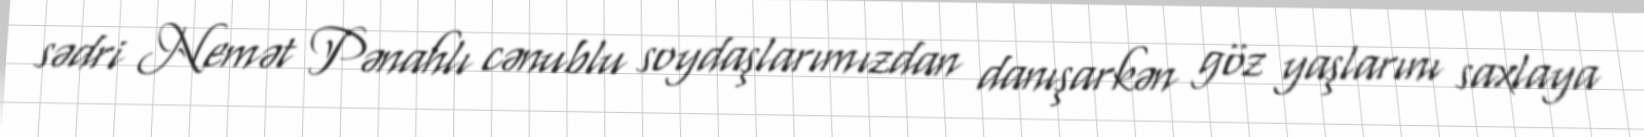
sədri Nemət Pənahlı cənublu soydaşlarımızdan danışarkən göz yaşlarını saxlaya